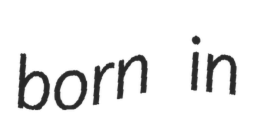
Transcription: born in